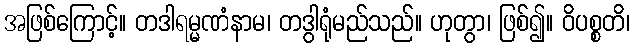
အဖြစ်ကြောင့်။ တဒါရမ္မဏံနာမ၊ တဒွါရုံမည်သည်။ ဟုတွာ၊ ဖြစ်၍။ ဝိပစ္စတိ၊